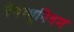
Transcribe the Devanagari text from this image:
नेपच्थूनियम